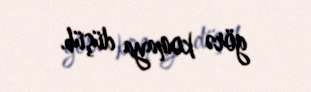
görə komaya düşüb.